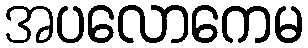
အပလောကေမ